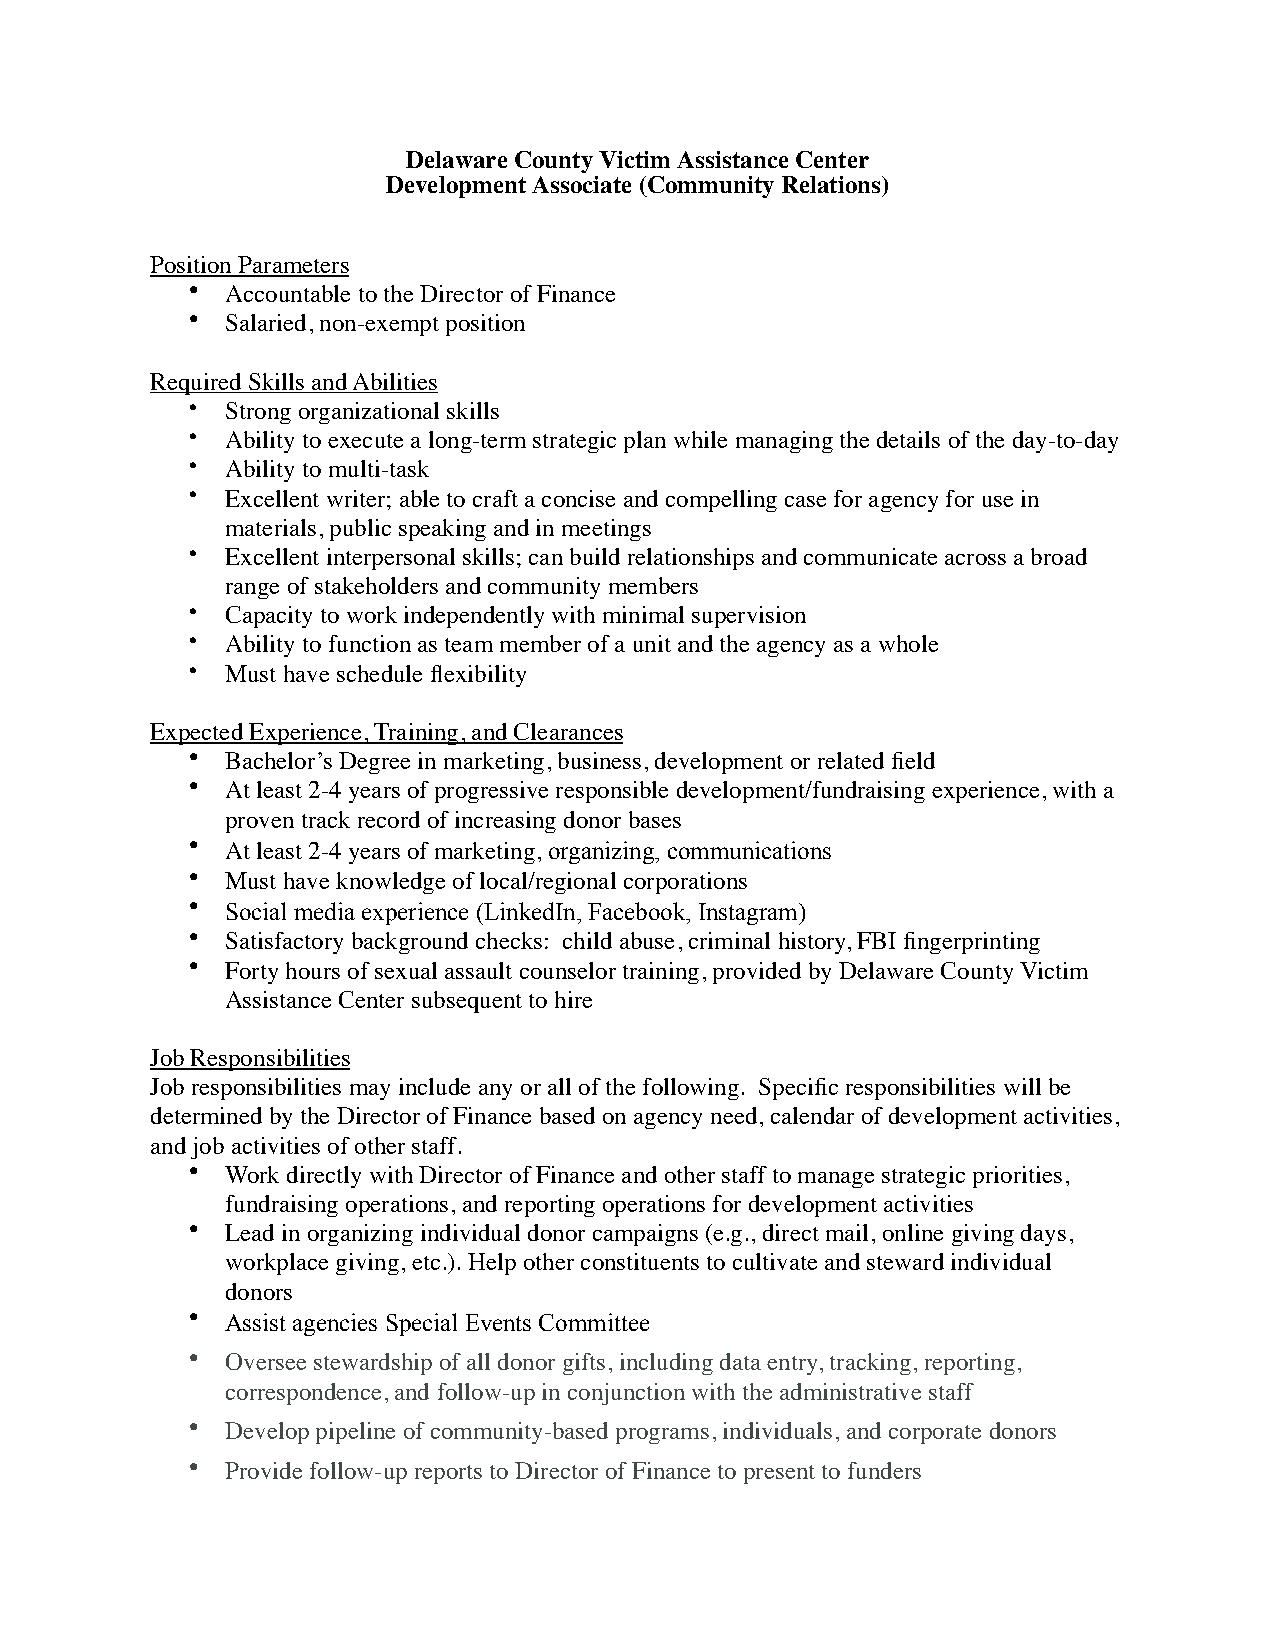
Delaware County Victim Assistance Center
 Development Associate (Community Relations)
 Position Parameters
 •  Accountable to the Director of Finance
 •  Salaried, non-exempt position
 Required Skills and Abilities
 •  Strong organizational skills
 •  Ability to execute a long-term strategic plan while managing the details of the day-to-day
 •  Ability to multi-task
 •  Excellent writer; able to craft a concise and compelling case for agency for use in
 materials, public speaking and in meetings
 •  Excellent interpersonal skills; can build relationships and communicate across a broad
 range of stakeholders and community members
 •  Capacity to work independently with minimal supervision
 •  Ability to function as team member of a unit and the agency as a whole
 •  Must have schedule flexibility
 Expected Experience, Training, and Clearances
 •  Bachelor’s Degree in marketing, business, development or related field
 •  At least 2-4 years of progressive responsible development/fundraising experience, with a
 proven track record of increasing donor bases
 •  At least 2-4 years of marketing, organizing, communications
 •  Must have knowledge of local/regional corporations
 •  Social media experience (LinkedIn, Facebook, Instagram)
 •  Satisfactory background checks: child abuse, criminal history, FBI fingerprinting
 •  Forty hours of sexual assault counselor training, provided by Delaware County Victim
 Assistance Center subsequent to hire
 Job Responsibilities
 Job responsibilities may include any or all of the following. Specific responsibilities will be
 determined by the Director of Finance based on agency need, calendar of development activities,
 and job activities of other staff.
 •  Work directly with Director of Finance and other staff to manage strategic priorities,
 fundraising operations, and reporting operations for development activities
 •  Lead in organizing individual donor campaigns (e.g., direct mail, online giving days,
 workplace giving, etc.). Help other constituents to cultivate and steward individual
 donors
 •  Assist agencies Special Events Committee
 •  Oversee stewardship of all donor gifts, including data entry, tracking, reporting,
 correspondence, and follow-up in conjunction with the administrative staff
 •  Develop pipeline of community-based programs, individuals, and corporate donors
 •  Provide follow-up reports to Director of Finance to present to funders